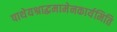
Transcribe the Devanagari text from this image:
पाथेयश्राद्धमामेनकार्यमिति